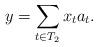
LaTeX: \begin{align*}y=\sum_{t\in T_2} x_t a_t.\end{align*}